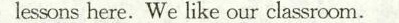
lessons here. We like our classroom.